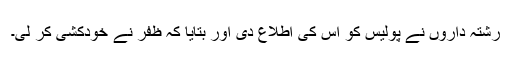
رشتہ داروں نے پولیس کو اس کی اطلاع دی اور بتایا کہ ظفر نے خودکشی کر لی۔